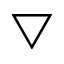
\bigtriangledown